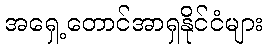
အရှေ့တောင်အာရှနိုင်ငံများ